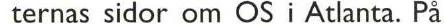
 ternas sidor om OS i Atlanta. På